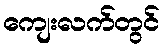
ကျေးလက်တွင်